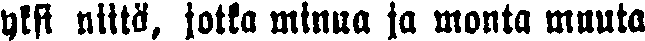
yksi niitä, jotka minua ja monta muuta